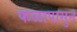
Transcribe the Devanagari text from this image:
फळापासुन